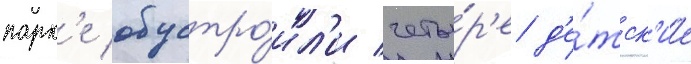
парк'е обустро́ил'и четы́р'е д'е́тск'ие